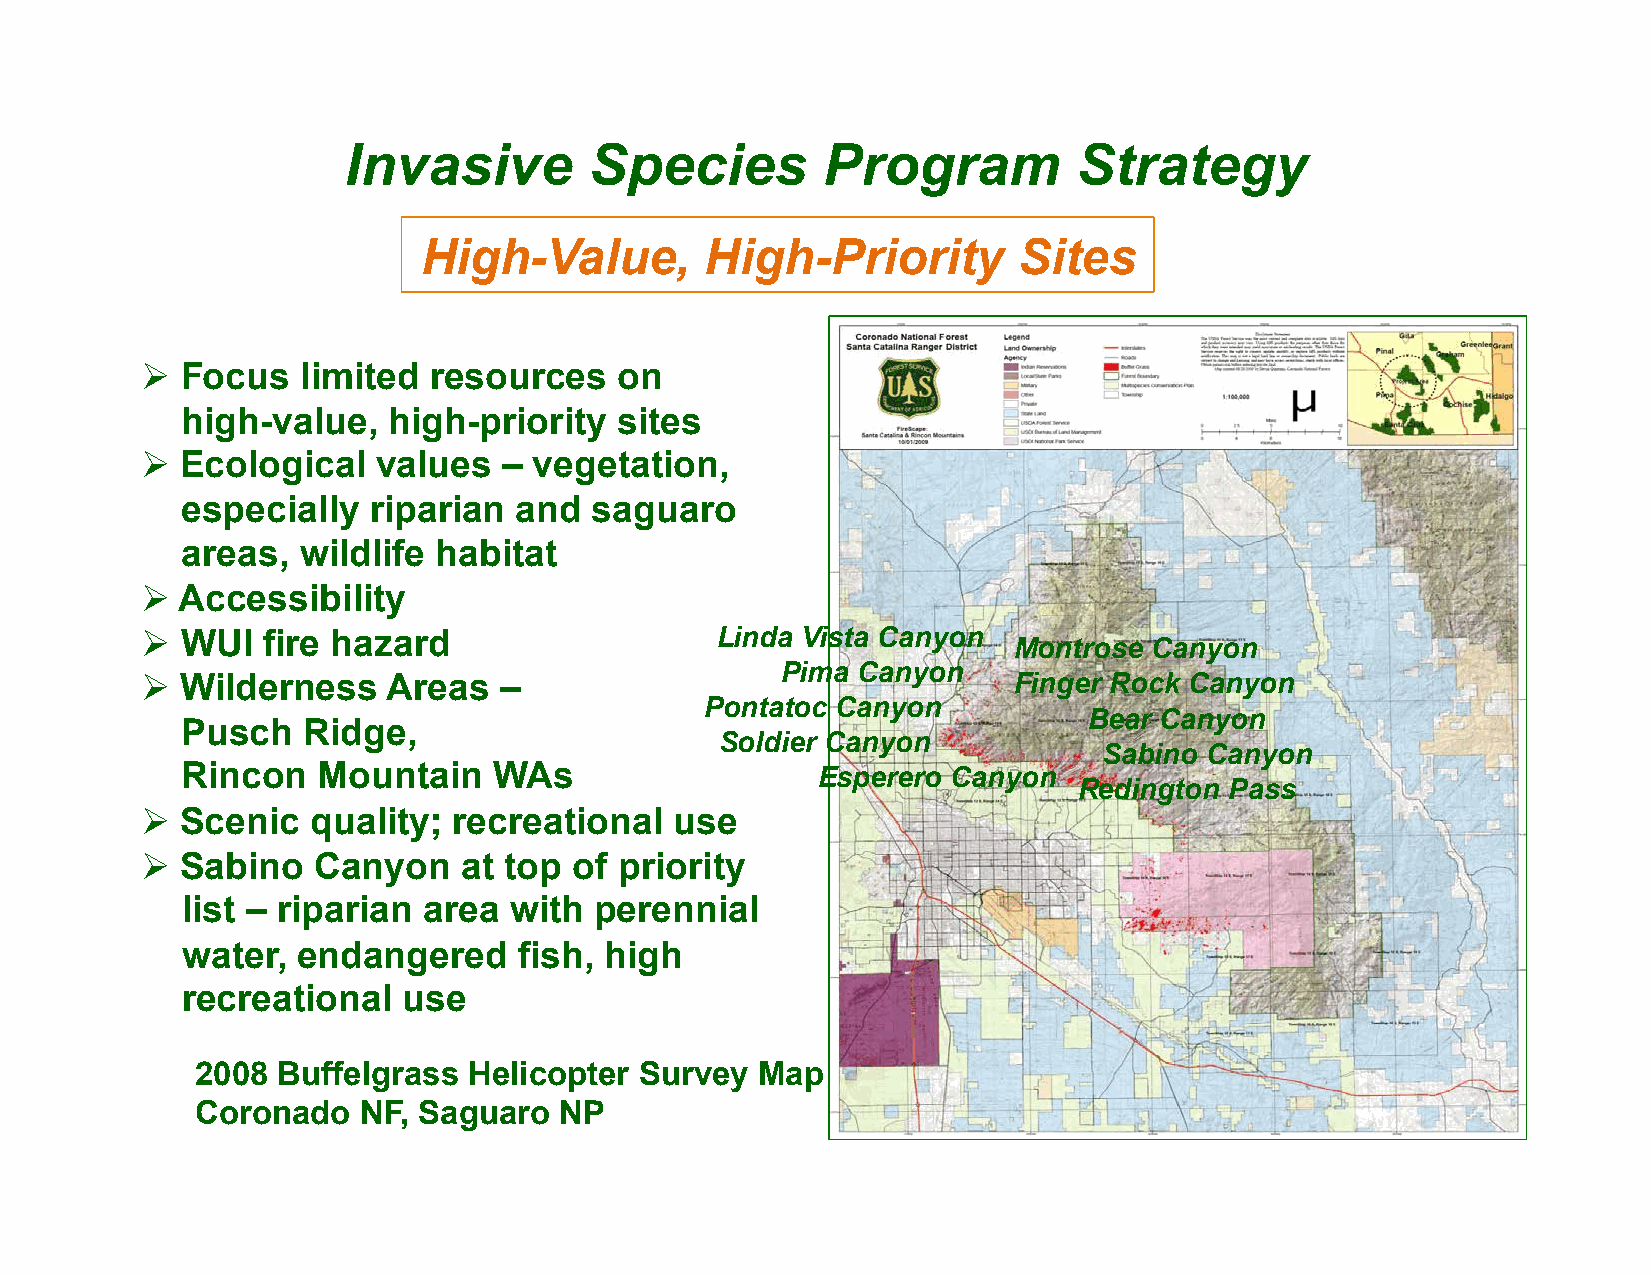
Invasive        Species        Program          Strategy
 High-Value,        High-Priority       Sites
 !  Focus   limited resources    on
 high-value,   high-priority  sites
 !  Ecological   values  – vegetation,
 especially  riparian  and  saguaro
 areas,  wildlife habitat
 !  Accessibility
 !  WUI  fire hazard                   Linda Vista Canyon
 Montrose Canyon
 Pima Canyon
 !  Wilderness    Areas  –                                 Finger Rock Canyon
 Pontatoc Canyon
 Bear Canyon
 Pusch   Ridge,
 Soldier Canyon
 Sabino Canyon
 Rincon   Mountain    WAs                  Esperero Canyon
 Redington Pass
 !  Scenic   quality; recreational   use
 !  Sabino   Canyon    at top of priority
 list – riparian area  with perennial
 water,  endangered    fish, high
 recreational   use
 2008 Buffelgrass  Helicopter Survey  Map
 Coronado   NF, Saguaro  NP